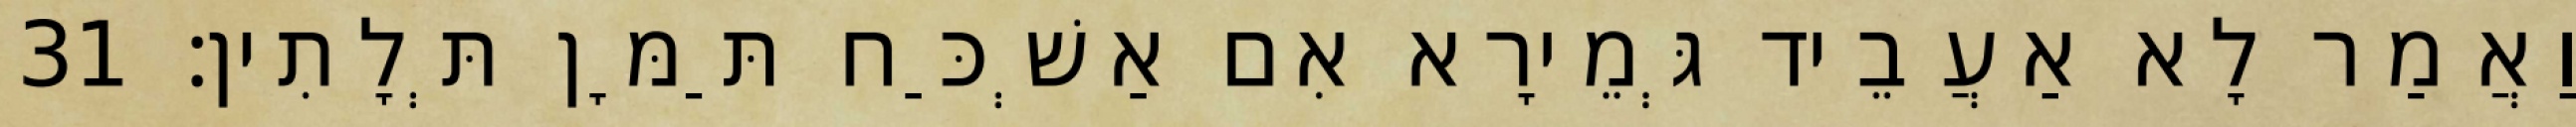
וַאֲמַר לָא אַעֲבֵיד גְּמֵירָא אִם אַשְׁכַּח תַּמָּן תְּלָתִין׃ 31